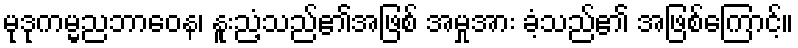
မုဒုကမ္မညဘာဝေန၊ နူးညံ့သည်၏အဖြစ် အမှုအား ခံ့သည်၏ အဖြစ်ကြောင့်။